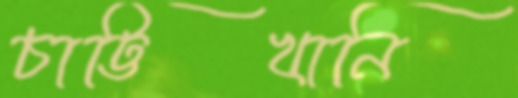
চাট্টিখানি